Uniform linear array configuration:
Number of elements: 12
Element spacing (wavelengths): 0.5
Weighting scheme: uniform
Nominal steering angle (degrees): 15
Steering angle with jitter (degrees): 16.2
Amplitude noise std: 0.05
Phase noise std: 0.05

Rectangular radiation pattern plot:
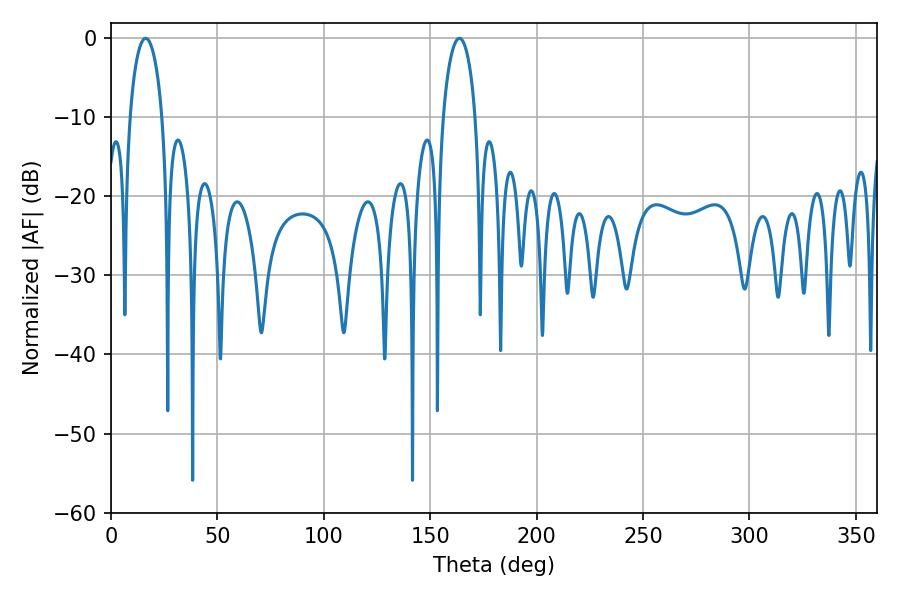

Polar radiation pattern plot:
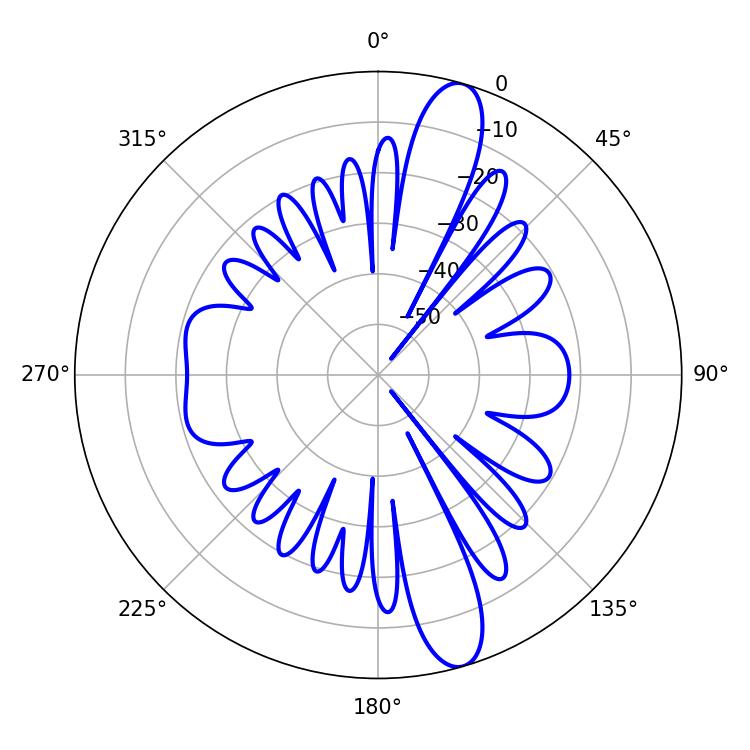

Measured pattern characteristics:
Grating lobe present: FALSE
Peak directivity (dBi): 13.366
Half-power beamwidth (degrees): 8.64
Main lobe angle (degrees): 16.2